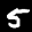
Label: 5